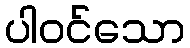
ပါဝင်သော